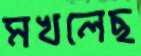
মখলেছ